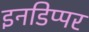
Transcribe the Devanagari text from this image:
इनडिप्पर